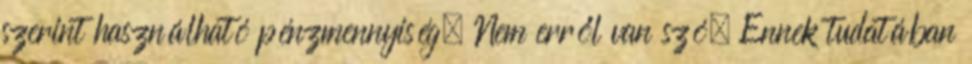
szerint használható pénzmennyiség. Nem erről van szó. Ennek tudatában